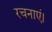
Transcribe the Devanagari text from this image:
रचनाएं।